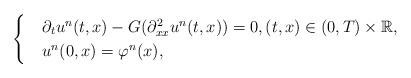
LaTeX: \begin{align*}\begin{cases}&\partial_{t}u^n(t,x)-G(\partial^2_{xx}u^n(t,x))=0, (t,x)\in(0,T)\times \mathbb{R},\\& u^n(0,x)=\varphi^n(x),\end{cases}\end{align*}